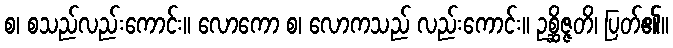
စ၊ စသည်လည်းကောင်း။ လောကော စ၊ လောကသည် လည်းကောင်း။ ဥစ္ဆိဇ္ဇတိ၊ ပြတ်၏။